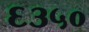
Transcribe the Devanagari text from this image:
६३५०